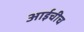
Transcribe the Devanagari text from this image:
आईचीच